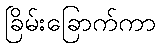
ခြိမ်းခြောက်ကာ